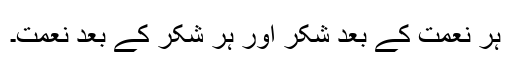
ہر نعمت کے بعد شکر اور ہر شکر کے بعد نعمت۔